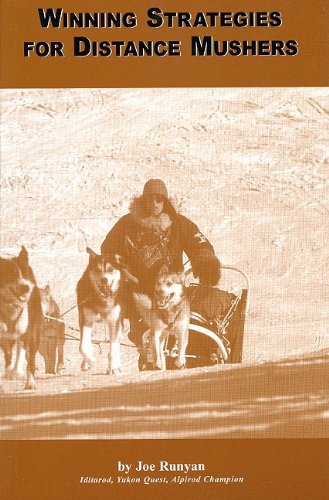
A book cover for Winning Strategies for Distance Mushers; Joe Runyan; Sports & Outdoors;